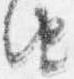
由